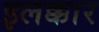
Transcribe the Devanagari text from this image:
इलक्कार